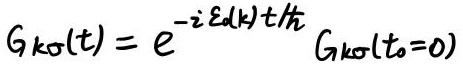
$G_{k\sigma}(t)=e^{-i \varepsilon_d(k)t/\hbar} G_{k\sigma}(t_0 = 0)$